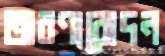
অরণ্যরোদন